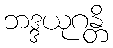
ဘဒ္ဒယုဂန္တိ